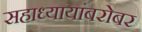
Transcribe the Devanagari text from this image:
सहाध्यायांबरोबर